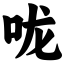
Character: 咙